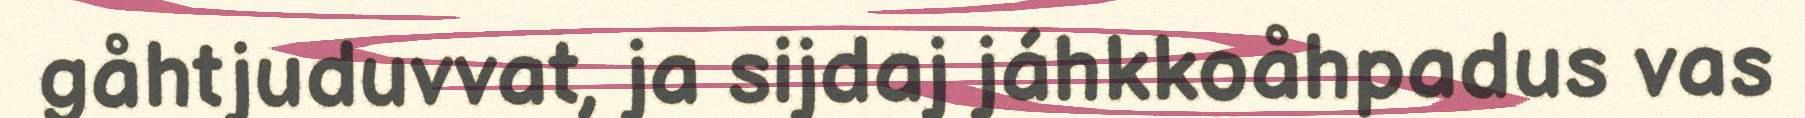
gåhtjuduvvat, ja sijdaj jáhkkoåhpadus vas